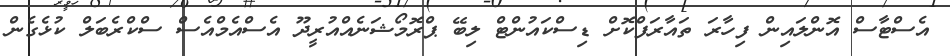
އެސްޓާސް އޮންލައިން ފިހާރަ ތައާރަފްކޮށް ޑިސްކައުންޓް ލިބޭ ޕްރޮމޯޝަނެއްއުރީދޫ އެސްއެމްއެސް ސްކްރެބަލް ކުޅެގެން